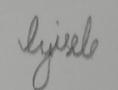
Signature authenticity: forged